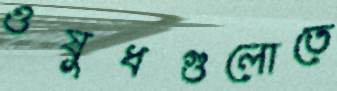
ওষুধগুলোতে